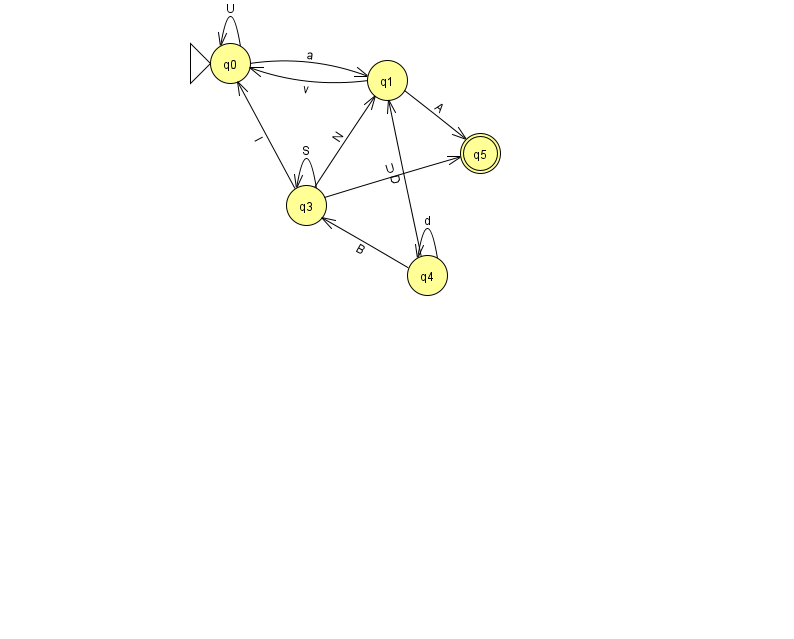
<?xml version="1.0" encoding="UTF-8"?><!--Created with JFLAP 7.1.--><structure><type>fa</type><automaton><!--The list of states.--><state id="0" name="q0"><x>230.0</x><y>50.0</y><initial/></state><state id="1" name="q1"><x>387.0</x><y>67.0</y></state><state id="3" name="q3"><x>306.0</x><y>192.0</y></state><state id="4" name="q4"><x>427.0</x><y>262.0</y></state><state id="5" name="q5"><x>480.0</x><y>140.0</y><final/></state><!--The list of transitions.--><transition><from>3</from><to>0</to><read>I</read></transition><transition><from>1</from><to>5</to><read>A</read></transition><transition><from>3</from><to>1</to><read>N</read></transition><transition><from>1</from><to>0</to><read>v</read></transition><transition><from>3</from><to>3</to><read>S</read></transition><transition><from>4</from><to>3</to><read>B</read></transition><transition><from>0</from><to>1</to><read>a</read></transition><transition><from>4</from><to>4</to><read>d</read></transition><transition><from>0</from><to>0</to><read>U</read></transition><transition><from>3</from><to>5</to><read>U</read></transition><transition><from>4</from><to>1</to><read>D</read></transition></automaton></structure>